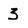
Character: 3